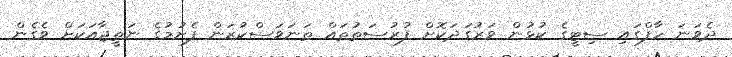
ދެވަނަ ހާފްގައި ސިޓީގެ ކުޅުން ވަރުގަދަކޮށް ފުރުސަތުތައް ތަނަވަސްކުރަން ފެށުމުގެ ނަތީޖާއަކަށް ވެގެން